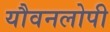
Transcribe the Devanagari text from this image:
यौवनलोपी